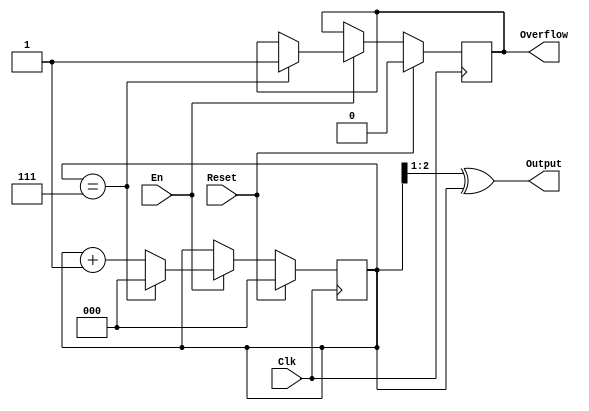
`timescale 1ns / 1ps
//////////////////////////////////////////////////////////////////////////////////
// Company: 
// Engineer: 
// 
// Design Name: 
// Module Name:    gray 
// Project Name: 
// Target Devices: 
// Tool versions: 
// Description: 
//
// Dependencies: 
//
// Revision: 
// Revision 0.01 - File Created
// Additional Comments: 
//
//////////////////////////////////////////////////////////////////////////////////
module gray(
  input Clk,
  input Reset,
  input En,
  output [2:0]Output,
  output reg Overflow
  );
  reg [2:0]temp;

  initial
  begin
    temp=0;
    Overflow=0;
  end
  assign Output=(temp>>1)^temp;

  always @(posedge Clk) 
  begin
    if(Reset==1)
      begin
        temp<=0;
        Overflow<=0;
      end
    else if(En==1)
      begin
        if(temp==7)
          begin
            temp<=0;
            Overflow<=1;
          end
        else
            temp<=temp+1;
      end
  end
endmodule